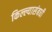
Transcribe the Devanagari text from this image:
किल्ल्यासंबधी